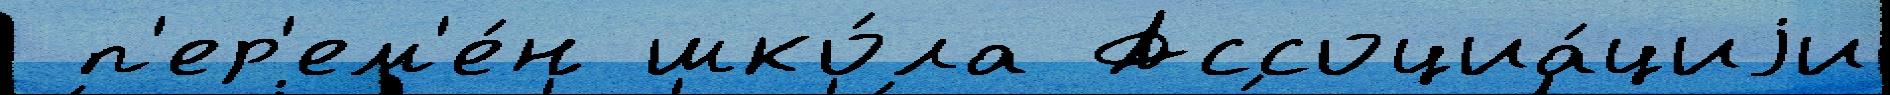
 п'ер'ем'е́н шко́ла Ассоциа́циjи